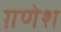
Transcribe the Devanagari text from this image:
ग़णेश